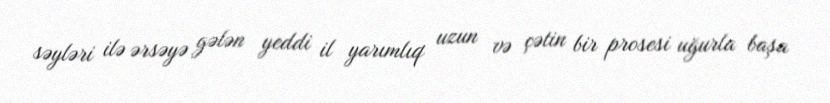
səyləri ilə ərsəyə gələn yeddi il yarımlıq uzun və çətin bir prosesi uğurla başa